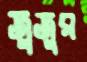
জুজুর